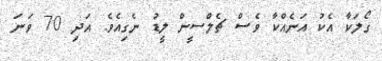
ގޯލަކާ އެކު އަނެއްކާ ވެސް ޗެލްސީން ލީޑު ނެގިއެވެ. އަދި 70 ވަނަ